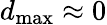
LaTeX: d_{\mathrm{max}}\approx 0